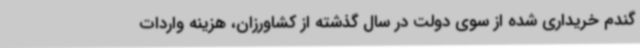
گندم خریداری شده از سوی دولت در سال گذشته از کشاورزان، هزینه واردات